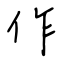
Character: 作